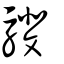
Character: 𩦎